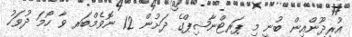
އުރީދޫންއިން ބުނީ މި ޕަރޓްނާޝިޕްގެ ދަށުން 12 ނޮވެމްބަރ ވާ ހޯމަ ދުވަހު